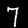
Digit: 7